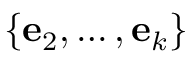
\{ \mathbf { e } _ { 2 } , \ldots , \mathbf { e } _ { k } \}